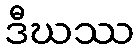
ဒီဃဿ